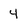
Character: 4